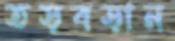
তড়বড়ান